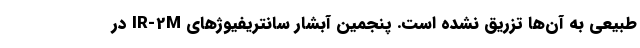
طبیعی به آن‌ها تزریق نشده است. پنجمین آبشار سانتریفیوژهای IR-2M در